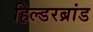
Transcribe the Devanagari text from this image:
हिल्डरब्रांड